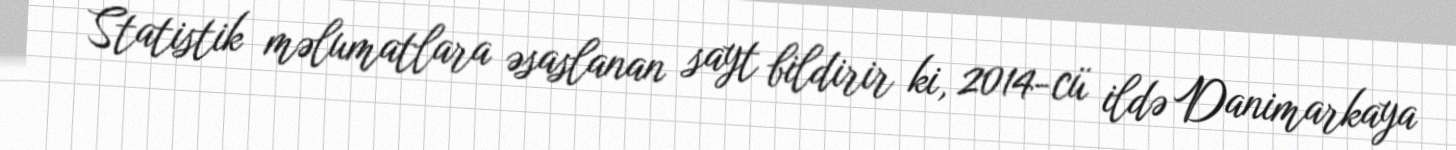
Statistik məlumatlara əsaslanan sayt bildirir ki, 2014-cü ildə Danimarkaya